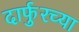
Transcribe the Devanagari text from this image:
दार्फुरच्या